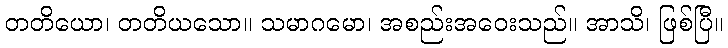
တတိယော၊ တတိယသော။ သမာဂမော၊ အစည်းအဝေးသည်။ အာသိ၊ ဖြစ်ပြီ။